Leningradi_Edasi_toimetus, lk 9
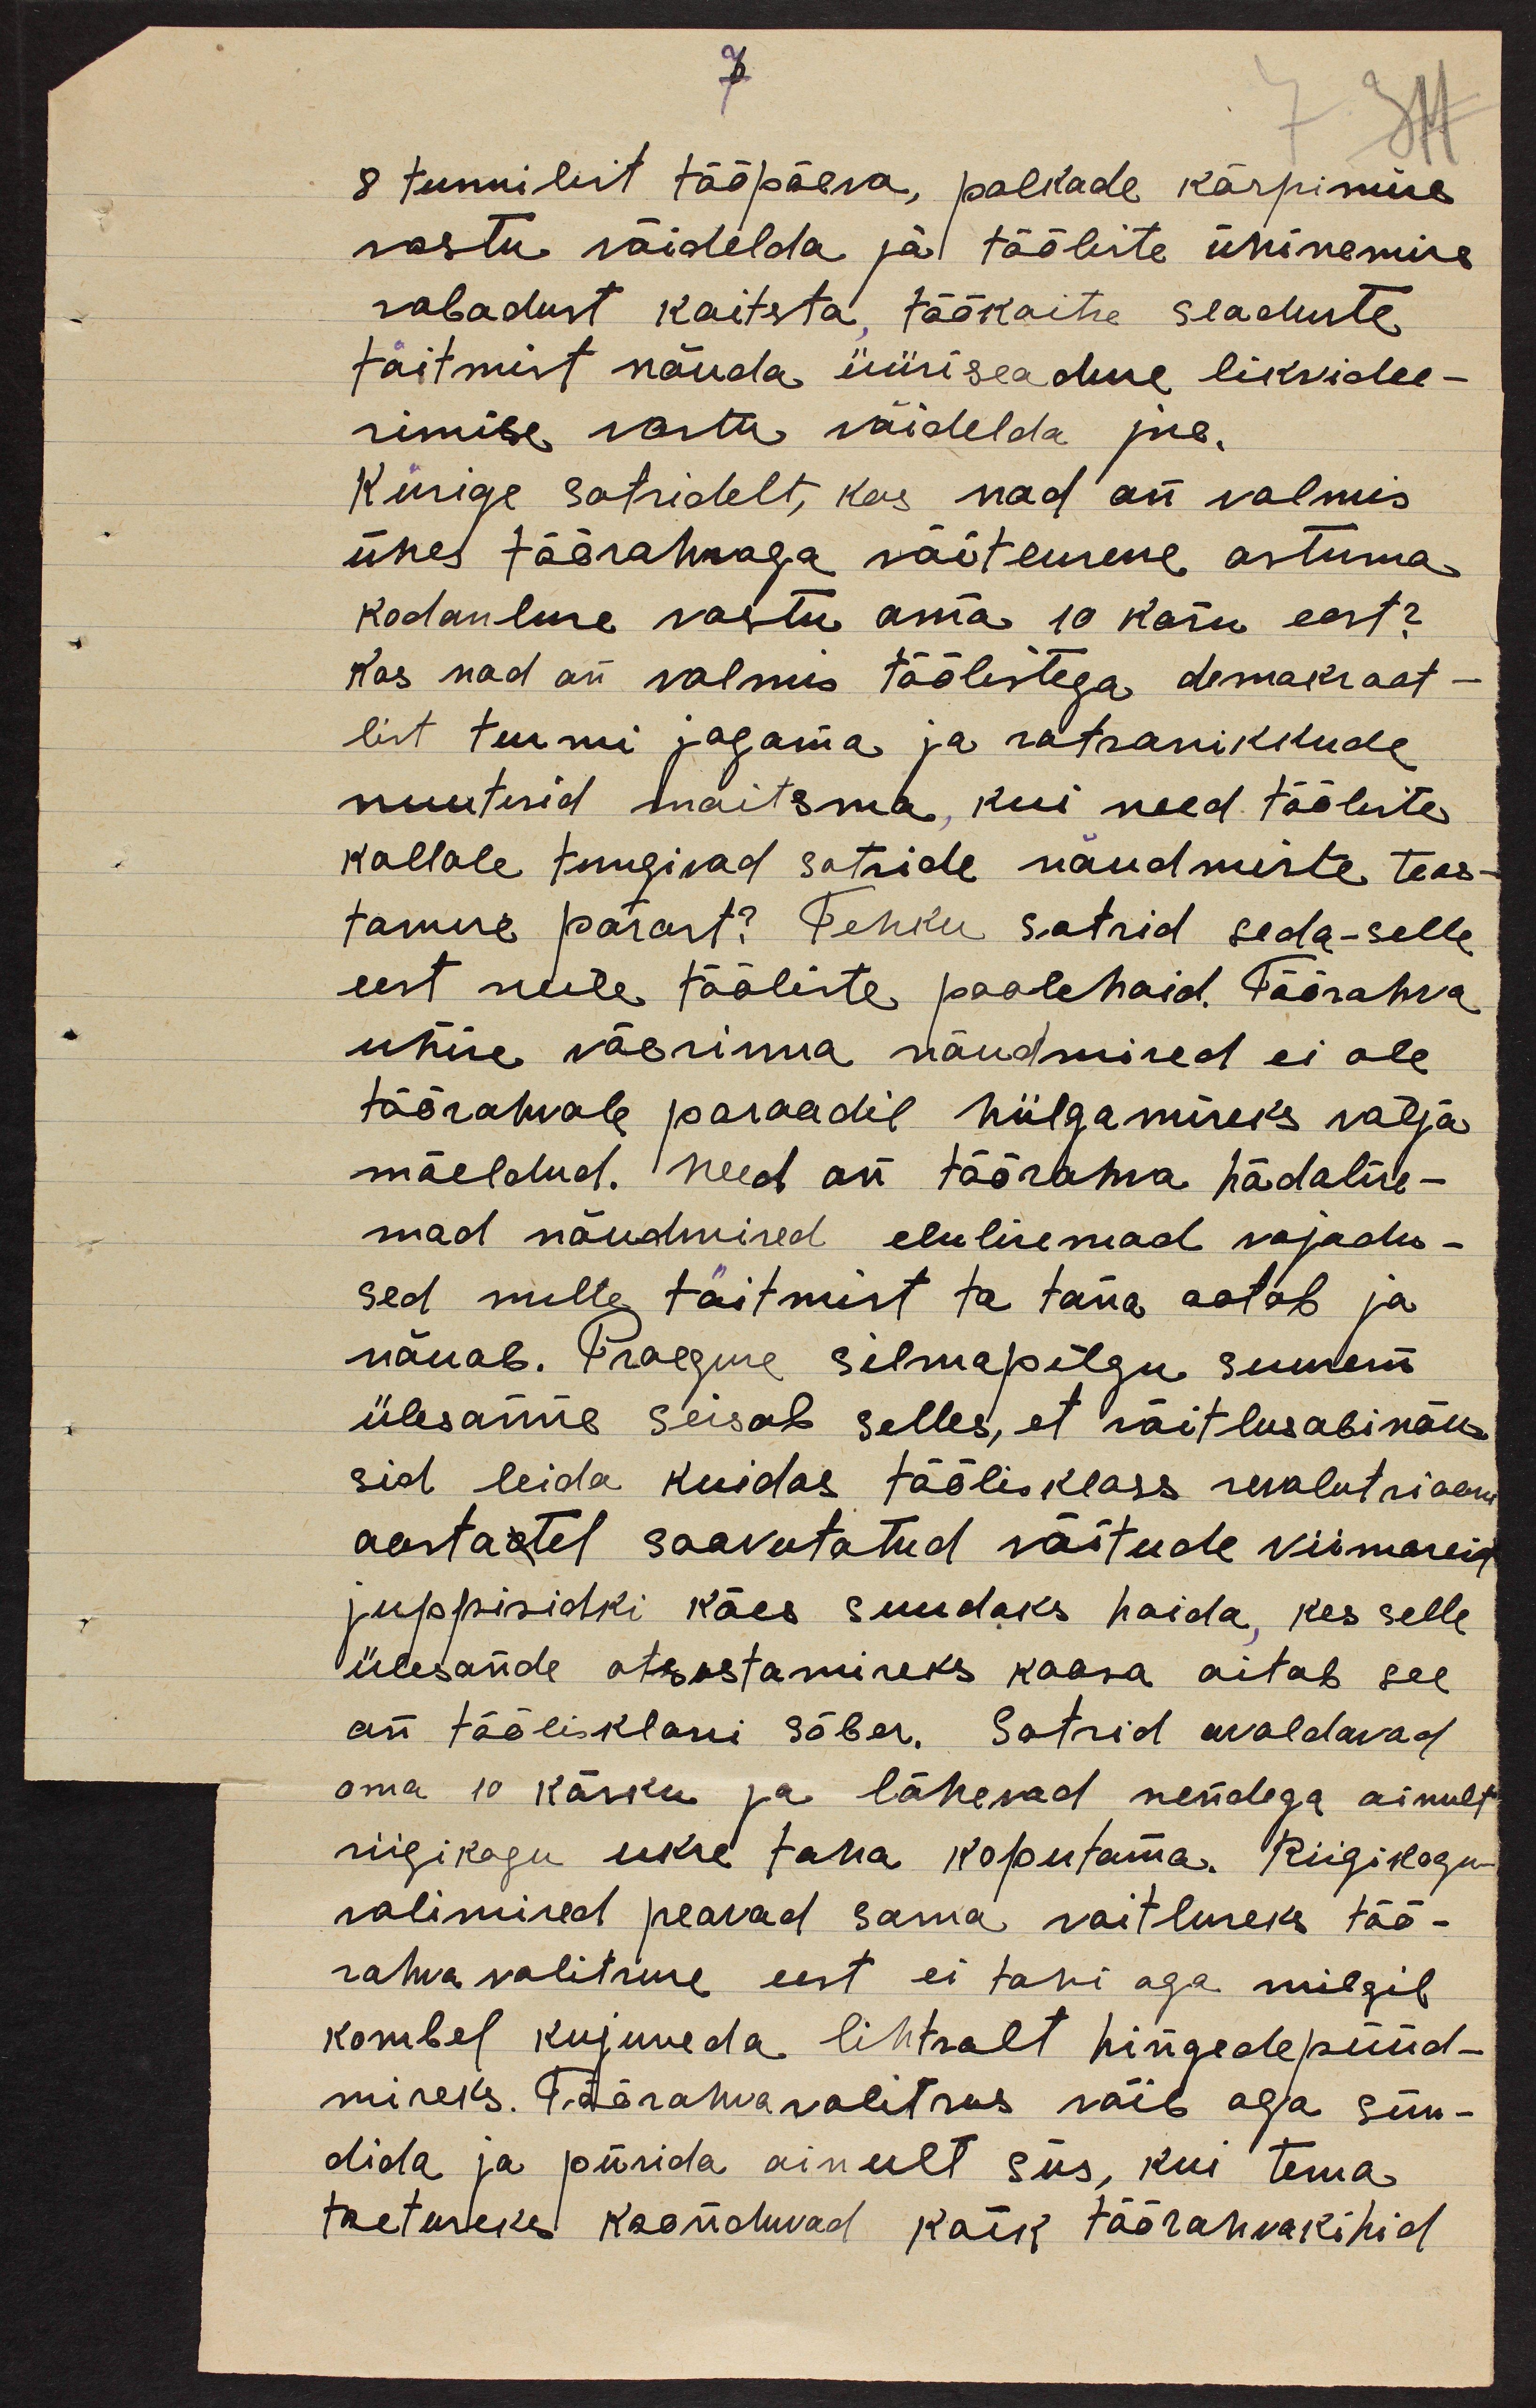
7.
8 tunnilist tööpäeva, palkade kärpimise
vastu võidelda ja tööliste ühinemise
vabadust kaitsta, töökaitse seaduste
täitmist nõuda üüriseaduse likvidee-
rimise vastu võidelda jne.
Küsige sotsidelt, kas nad on valmis
ühes töörahvaga võitlusesse astuma.
kodanluse vastu oma 10 käsu eest?
Kas nad on valmis töölistega demokraat-
list turmi jagama ja ratsanikkude
nuutisid maitsma, kui need tööliste
kallale tungivad sotside nõudmiste taas-
tamise pärast? Tehku sotsid seda-selle
eest neile tööliste poolehoid. Töörahva
ühise väerinna nõudmised ei ole
töörahvale paraadil hiilgamiseks välja
mõeldud. Need on töörahva hädalise-
mad nõudmised elulisemad vajadu-
sed mille täitmist ta täna ootab ja
nõuab. Praeguse silmapilgu suurem
ülesanne seisab selles, et võitlusabinõu-
sid leida kuidas töölisklass revolutsiooni
aastastel saavutatud võitude viimaseid
juppisidki käes suudaks hoida, kes selle
ülesande otsustamiseks kaasa aitab see
on töölisklassi sõber. Sotsid avaldavad
oma 10 käsku ja lähevad nendega ainult
riigikogu ukse taha koputama. Riigikogu-
valimised peavad sama voitluseks töö-
rahva valitsuse eest ei tohi aga milgil
kombel kujuneda lihtsalt hingedepüüd-
miseks. Töörahvavalitsus võib aga sün-
dida ja püsida ainult siis, kui tema
toetuseks koonduvad koik töörahvakihid